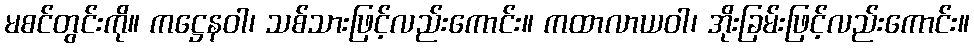
မစင်တွင်းကို။ ကဋ္ဌေနဝါ၊ သစ်သားဖြင့်လည်းကောင်း။ ကထာလာယဝါ၊ အိုးခြမ်းဖြင့်လည်းကောင်း။